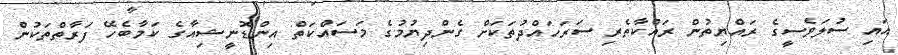
އައި ސުލަވެސީގެ ރައްޔިތުން ރައްކާތެރި ސަރަހައްދުތަކަށް ގެންދިޔުމުގެ މަސައްކަތް އިންޑޮނީޝިއާގެ ކަމާބެހޭ ފަރާތްތަކުން